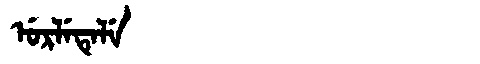
Manchu: ᡠᡵᠯᡝᡨᡝᠯᡝ
Romanization: URLETELE